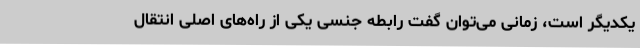
یکدیگر است، زمانی می‌توان گفت رابطه جنسی یکی از راه‌های اصلی انتقال